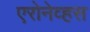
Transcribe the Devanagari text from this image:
एरोनेव्हस